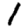
Digit: 1